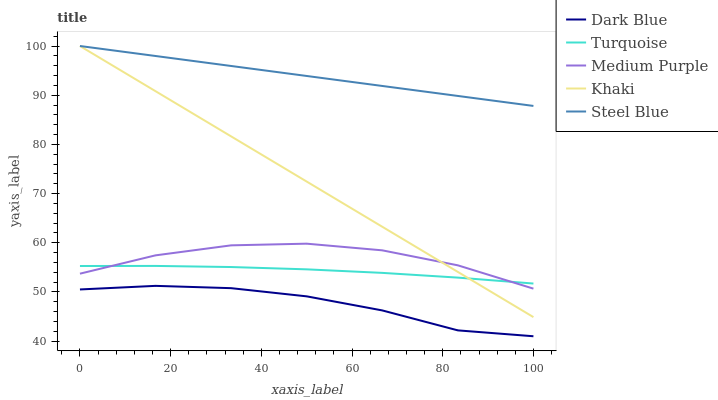
| xaxis_label | Dark Blue | Turquoise | Medium Purple | Khaki | Steel Blue |
 | --- | --- | --- | --- | --- | --- |
 | 0 | 50.5 | 55.3 | 53.7 | 100 | 100 |
 | 16.7 | 51.2 | 55.3 | 57.4 | 90.8 | 98 |
 | 33.3 | 50.8 | 55.1 | 59.5 | 81.6 | 95.9 |
 | 50 | 49.1 | 54.6 | 59.8 | 72.4 | 93.9 |
 | 66.7 | 46.3 | 53.9 | 58.5 | 63.3 | 91.9 |
 | 83.3 | 42.2 | 52.9 | 55.4 | 54.1 | 89.9 |
 | 100 | 41 | 51.7 | 50.7 | 44.9 | 87.8 |